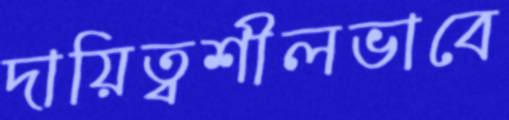
দায়িত্বশীলভাবে